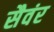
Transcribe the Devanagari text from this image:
सैवंर